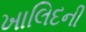
ખાલિદની